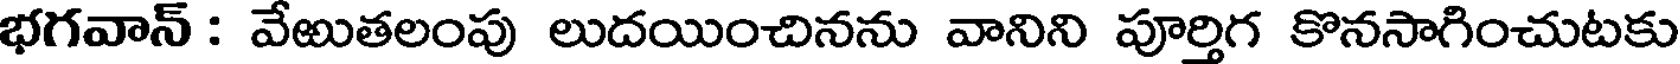
భగవాన్ : వేఱుతలంపు లుదయించినను వానిని పూర్తిగ కొనసాగించుటకు